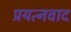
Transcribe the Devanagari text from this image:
प्रयत्नवाद